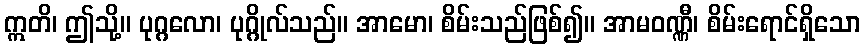
ဣတိ၊ ဤသို့။ ပုဂ္ဂလော၊ ပုဂ္ဂိုလ်သည်။ အာမော၊ စိမ်းသည်ဖြစ်၍။ အာမဝဏ္ဏီ၊ စိမ်းရောင်ရှိသော